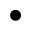
\bullet